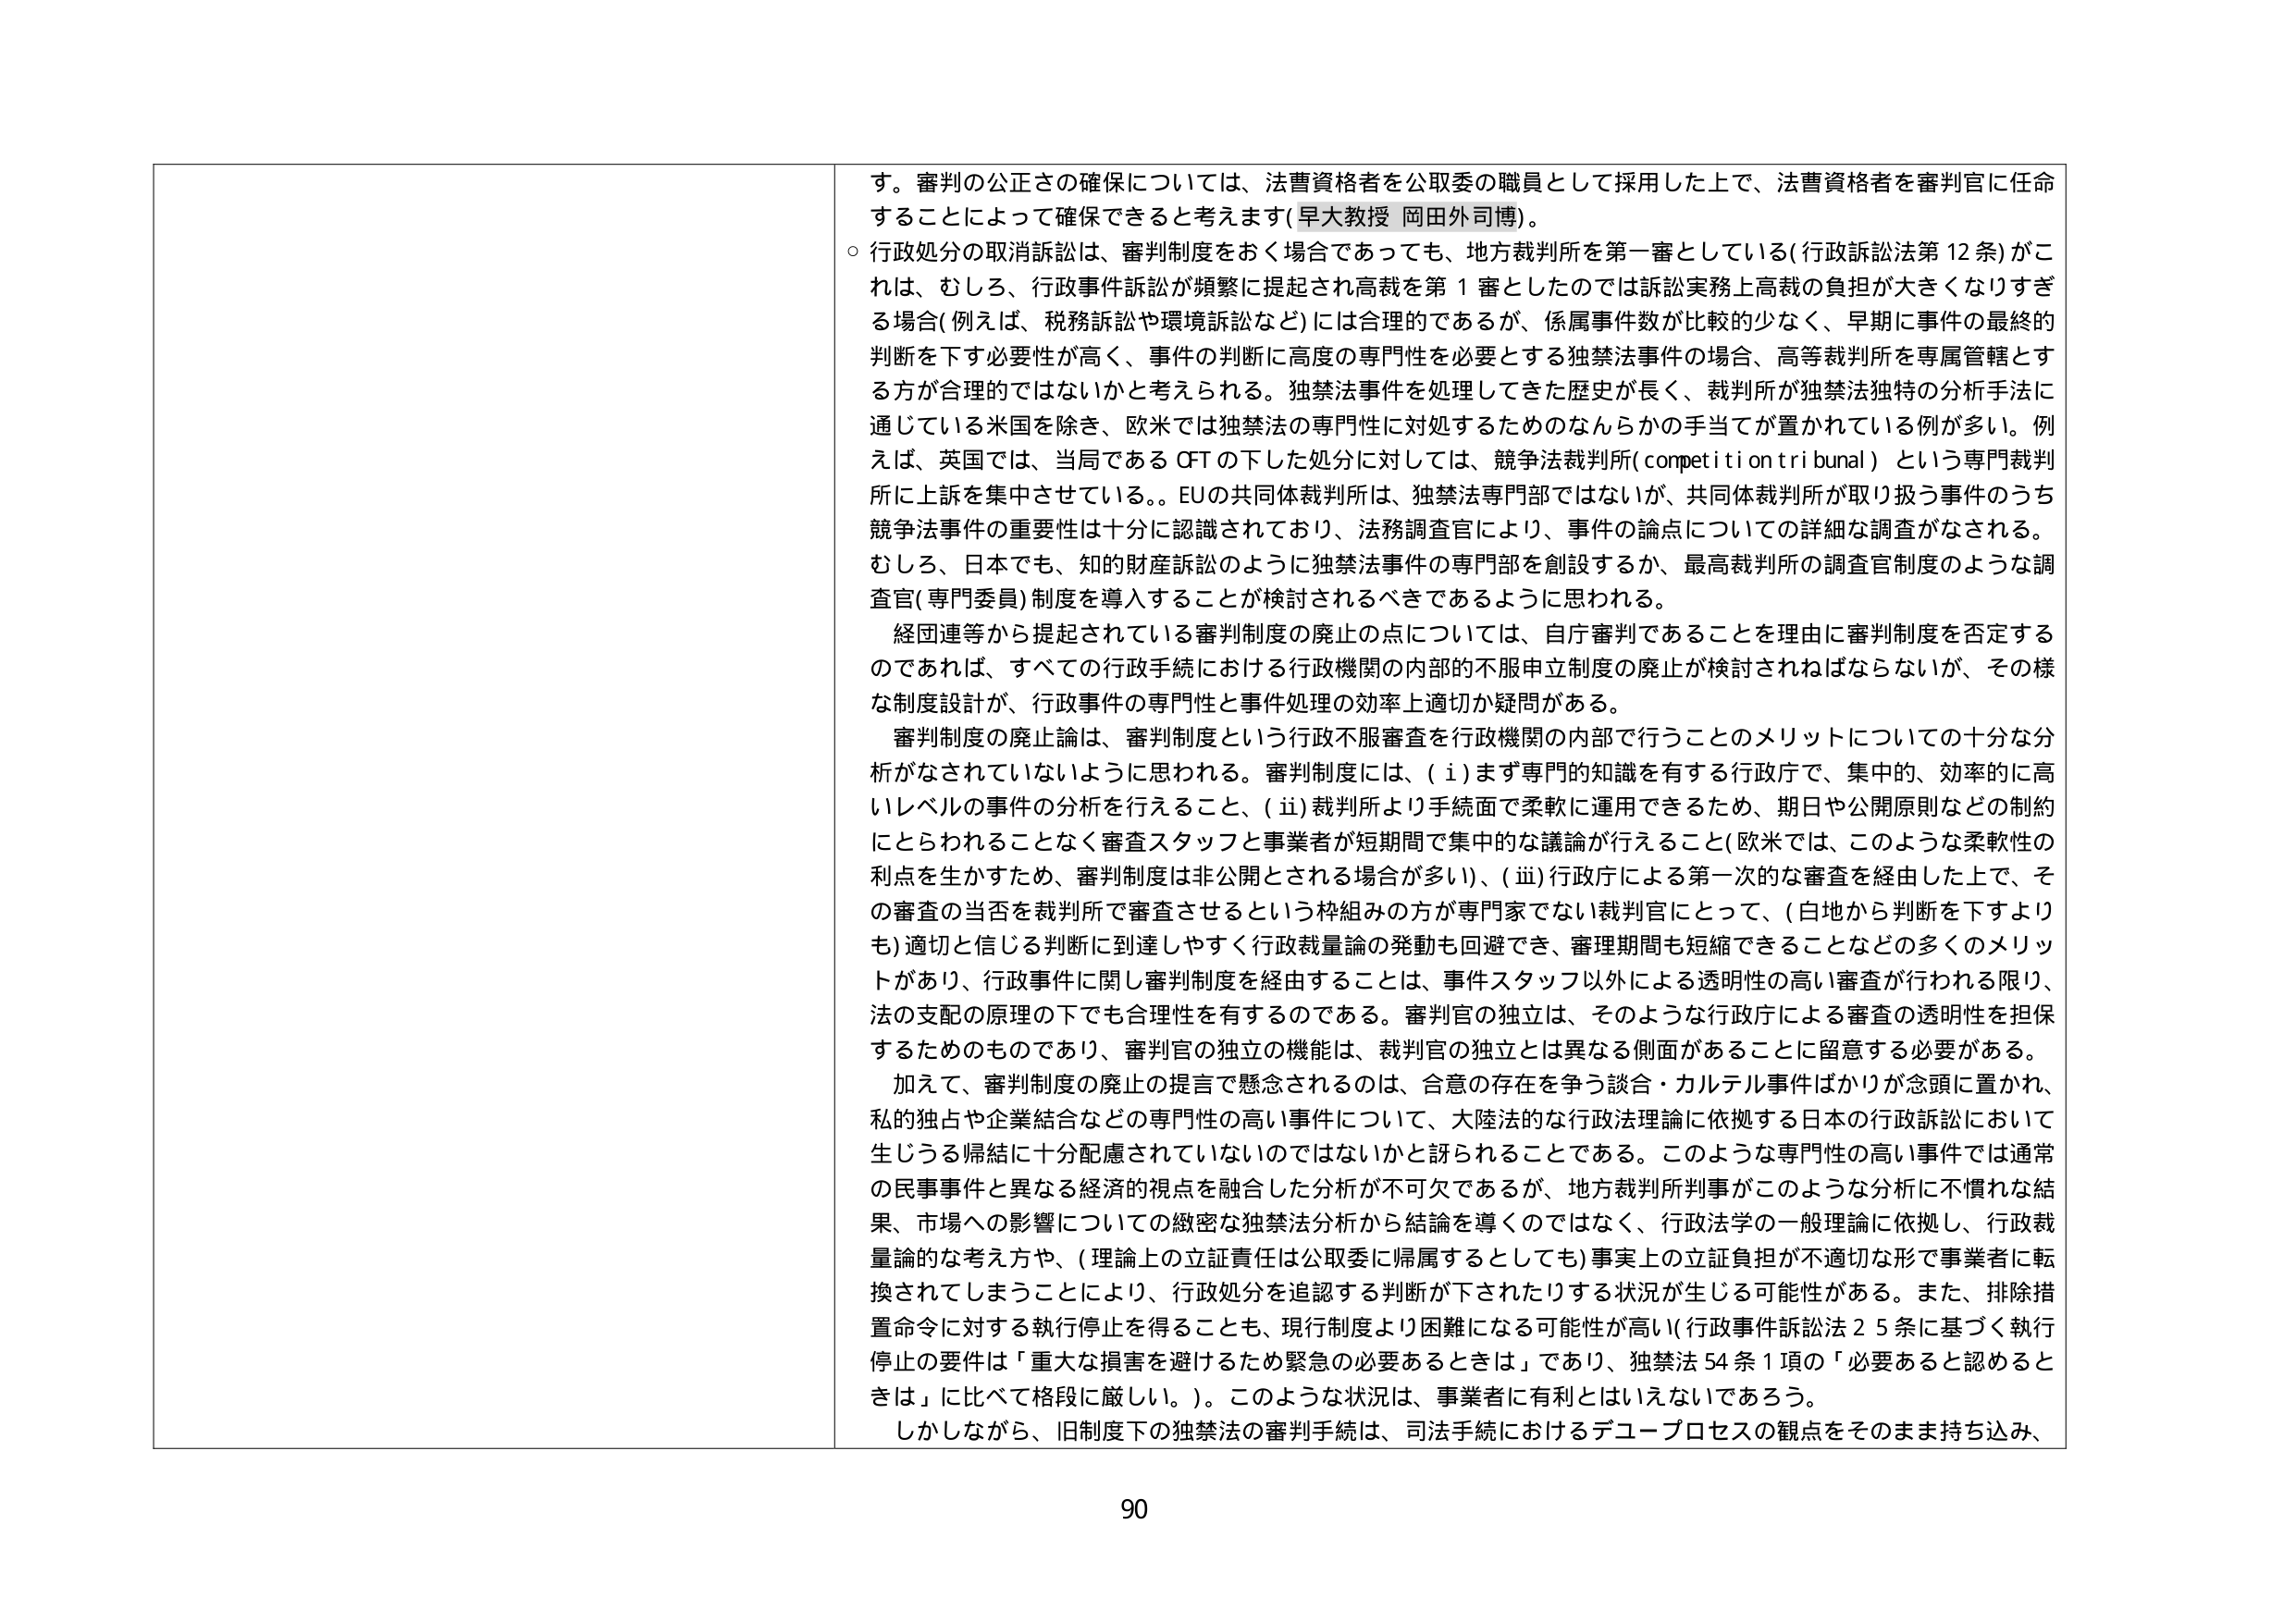
す。審判の公正さの確保については、法曹資格者を公取委の職員として採用した上で、法曹資格者を審判官に任命することによって確保できると考えます（早大教授 岡田外司博）。

○ 行政処分の取消訴訟は、審判制度をおく場合であっても、地方裁判所を第一審としている（行政訴訟法第12条）がこれば、むしろ、行政事件訴訟が頻繁に提起され高裁を第1審としたのでは訴訟実務上高裁の負担が大きくなりすぎる場合（例えば、税務訴訟や環境訴訟など）には合理的であるが、係属事件数が比較的少なく、早期に事件の最終的判断を下す必要性が高く、事件の判断に高度の専門性を必要とする独禁法事件の場合、高等裁判所を専属管轄とする方が合理的ではないかと考えられる。独禁法事件を処理してきた歴史が長く、裁判所が独禁法独特の分析手法に通じている米国を除き、欧米では独禁法の専門性に対処するためのなんらかの手当てが置かれている例が多い。例えば、英国では、当局であるOFTの下した処分に対しては、競争法裁判所（competition tribunal）という専門裁判所に上訴を集中させている。EUの共同体裁判所は、独禁法専門部ではないが、共同体裁判所が取り扱う事件のうち競争法事件の重要性は十分に認識されており、法務調査官により、事件の論点についての詳細な調査がなされる。むしろ、日本でも、知的財産訴訟のように独禁法事件の専門部を創設するか、最高裁判所の調査官制度のような調査官（専門委員）制度を導入することが検討されるべきであるように思われる。

経団連等から提起されている審判制度の廃止の点については、自庁審判であることを理由に審判制度を否定するのであれば、すべての行政手続における行政機関の内部的不服申立制度の廃止が検討されねばならないが、その様な制度設計が、行政事件の専門性と事件処理の効率上適切か疑問がある。

審判制度の廃止論は、審判制度という行政不服審査を行政機関の内部で行うことのメリットについての十分な分析がなされていないように思われる。審判制度には、（ⅰ）まず専門的知識を有する行政庁で、集中的、効率的に高いレベルの事件の分析を行えること、（ⅱ）裁判所より手続面で柔軟に運用できるため、期日や公開原則などの制約にとらわれることなく審査スタッフと事業者が短期間で集中的な議論が行えること（欧米では、このような柔軟性の利点を生かすため、審判制度は非公開とされる場合が多い）、（ⅲ）行政庁による第一次的な審査を経由した上で、その審査の当否を裁判所で審査させるという枠組みの方が専門家でない裁判官にとって、（白地から判断を下すよりも）適切と信じる判断に到達しやすく行政裁量論の発動も回避でき、審理期間も短縮できることなどの多くのメリットがあり、行政事件に関し審判制度を経由することは、事件スタッフ以外による透明性の高い審査が行われる限り、法の支配の原理の下でも合理性を有するのである。審判官の独立は、そのような行政庁による審査の透明性を担保するためのものであり、審判官の独立の機能は、裁判官の独立とは異なる側面があることに留意する必要がある。

加えて、審判制度の廃止の提言で懸念されるのは、合意の存在を争う談合・カルテル事件ばかりが念頭に置かれ、私的独占や企業結合などの専門性の高い事件について、大陸法的な行政法理論に依拠する日本の行政訴訟において生じうる帰結に十分配慮されていないのではないかと認められることである。このような専門性の高い事件では通常の民事事件と異なる経済的視点を融合した分析が不可欠であるが、地方裁判所判事がこのような分析に不慣れな結果、市場への影響についての緻密な独禁法分析から結論を導くのではなく、行政法学の一般理論に依拠し、行政裁量論的な考え方や、（理論上の立証責任は公取委に帰属するとしても）事実上の立証負担が不適切な形で事業者に転換されてしまうことにより、行政処分を追認する判断が下されたりする状況が生じる可能性がある。また、排除措置命令に対する執行停止を得ることも、現行制度より困難になる可能性が高く（行政事件訴訟法25条に基づく執行停止の要件は「重大な損害を避けるため緊急の必要あるときは」であり、独禁法54条1項の「必要あると認めるときは」に比べて格段に厳しい。）。このような状況は、事業者に有利とはいえないであろう。

しかしながら、旧制度下の独禁法の審判手続は、司法手続におけるデュープロセスの観点をそのまま持ち込み、
90